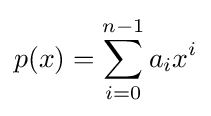
p(x)=\sum _{i=0}^{n-1}a_{i}x^{i}